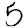
Digit: 5